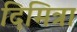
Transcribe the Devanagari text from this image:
दिमित्रा